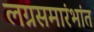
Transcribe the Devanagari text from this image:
लग्नसमारंभांत